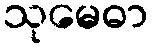
သုမေဓာ